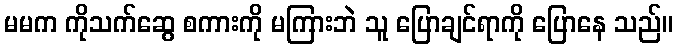
မမက ကိုသက်ဆွေ စကားကို မကြားဘဲ သူ ပြောချင်ရာကို ပြောနေ သည်။